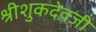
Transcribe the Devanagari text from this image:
श्रीशुकदेवजी